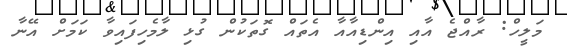
މަލީހް: ރާއްޖެ އާއި އިންޑިއާއާ އެތައް ގޮތަކުން ގުޅި ލާމެހިފައިވާ ކަމަށް އޭނާ